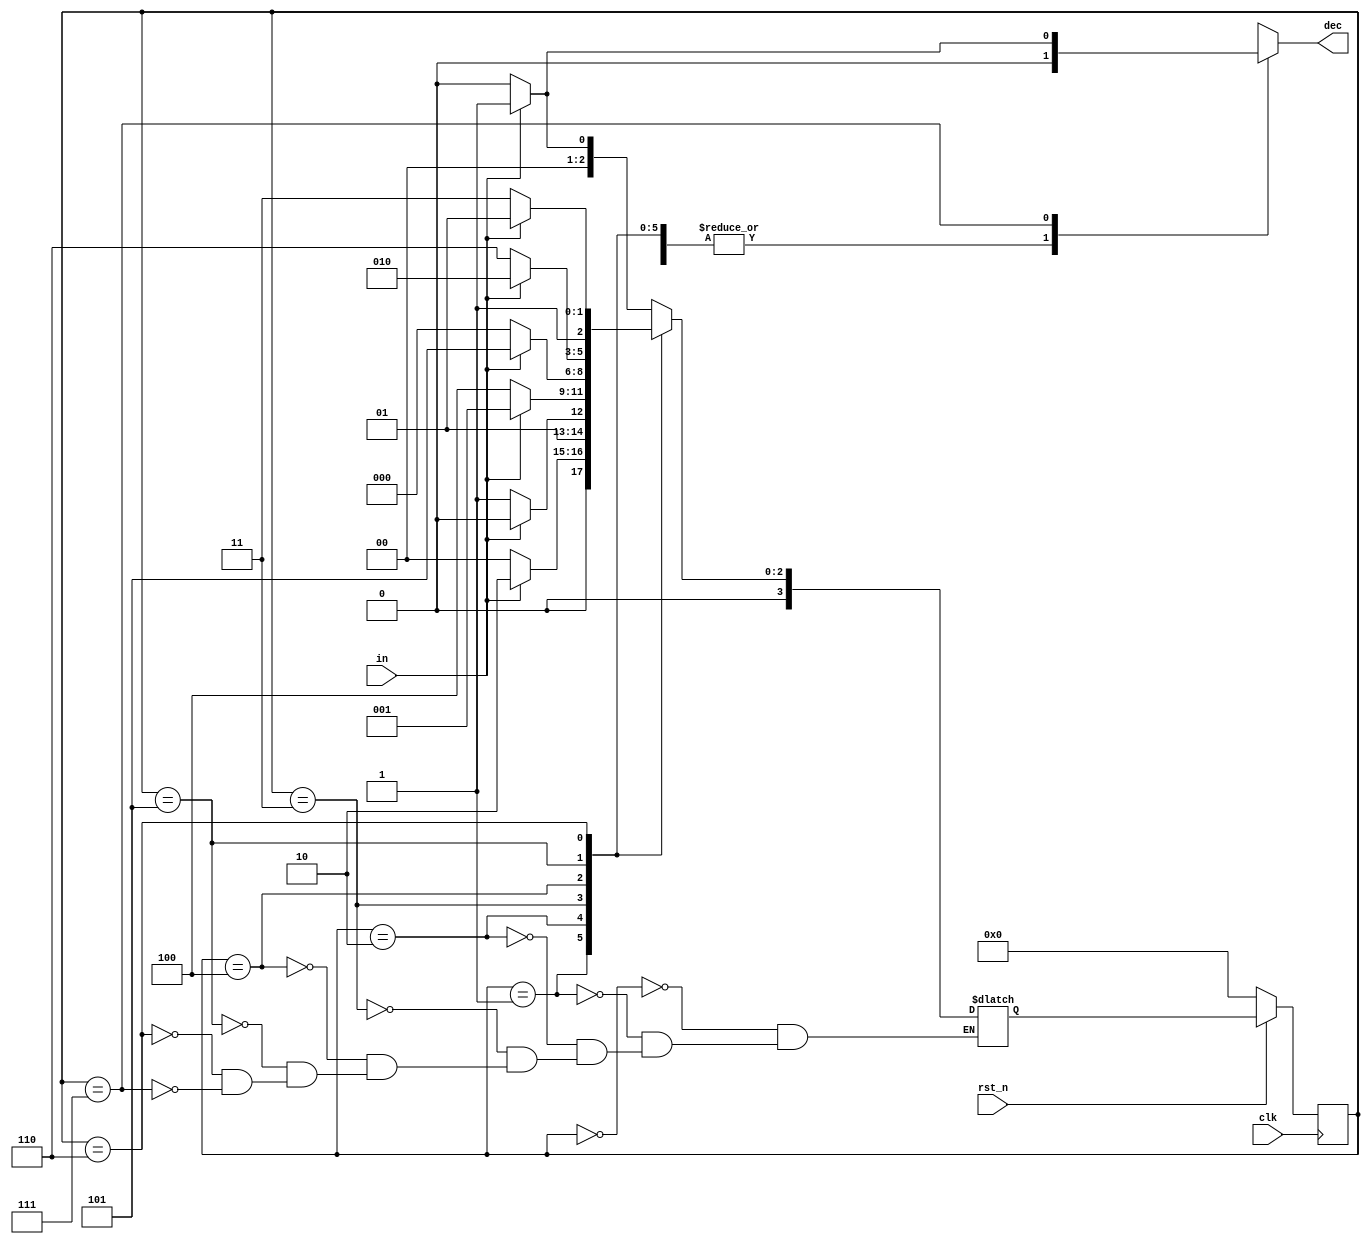
`timescale 1ns/1ps

module Sliding_Window_Sequence_Detector (clk, rst_n, in, dec);
input clk, rst_n;
input in;
output dec;

parameter [3:0] s1 = 4'b0000, s2 = 4'b0001, s3 = 4'b0010, s4 = 4'b0011, s5 = 4'b0100, ONE = 4'b0101, ZERO = 4'b0110, s6 = 4'b0111;
reg [3:0] state, nxt_state;
reg dec;

always @(posedge clk) begin
    if(~rst_n) begin
        state<=s1;
    end
    else begin
        state<=nxt_state;
    end
end

always@(*) begin
    case(state)
        s1:
            dec = 1'b0;      
        s2:
            dec = 1'b0;    
        s3:
            dec = 1'b0;
        s4:
            dec = 1'b0;    
        s5:
            dec = 1'b0;  
        ONE:
            dec = 1'b0;
        ZERO:
            dec = 1'b0;
        s6:
            if(in) dec = 1'b1;
            else dec = 1'b0;
         default:
            dec = 1'bx;  
    endcase
end

always @(*) begin
    case(state) 
        s1:
            if(in) nxt_state = s2;
            else nxt_state = s1;
        s2:
            if(in) nxt_state = s3;
            else nxt_state = s1;
        s3:
            if(in) nxt_state = s3;
            else nxt_state = s4;
        s4:
            if(in) nxt_state = s2;
            else nxt_state = s5;
        s5:
            if(in) nxt_state = ONE;
            else nxt_state = s1;
        ONE:
            if(in) nxt_state = s3;
            else nxt_state = ZERO;
        ZERO:
            if(in) nxt_state = ONE;
            else nxt_state = s6;
        s6:
            if(in) nxt_state = s2;
            else nxt_state = s1;
        default:
            ;
    endcase
end
endmodule